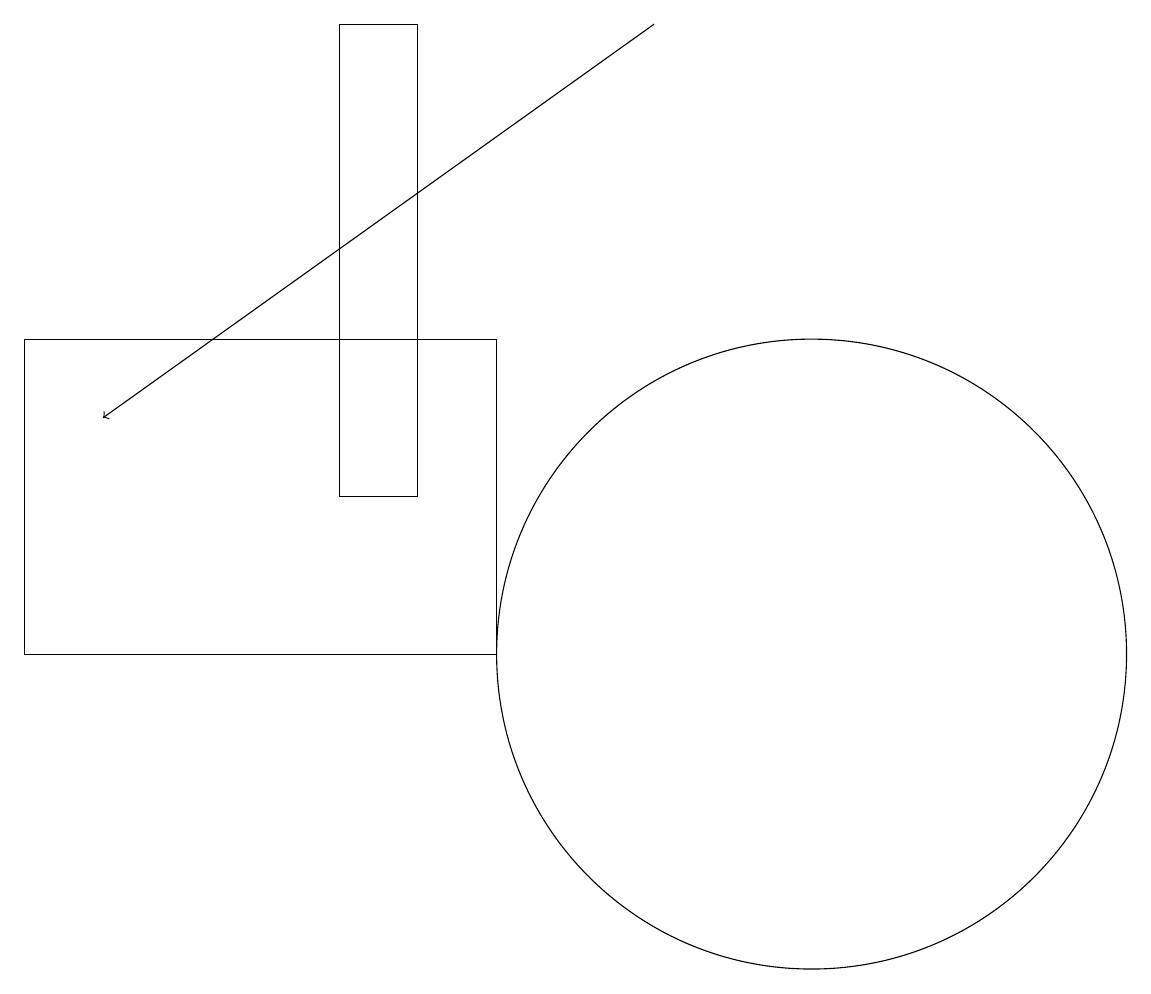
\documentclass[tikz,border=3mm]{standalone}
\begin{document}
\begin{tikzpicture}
\draw (10,11) circle (4);
\draw (6,11) rectangle (0,15);
\draw (4,13) rectangle (5,19);
\draw[->] (8,19) -- (1,14);
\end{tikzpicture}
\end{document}